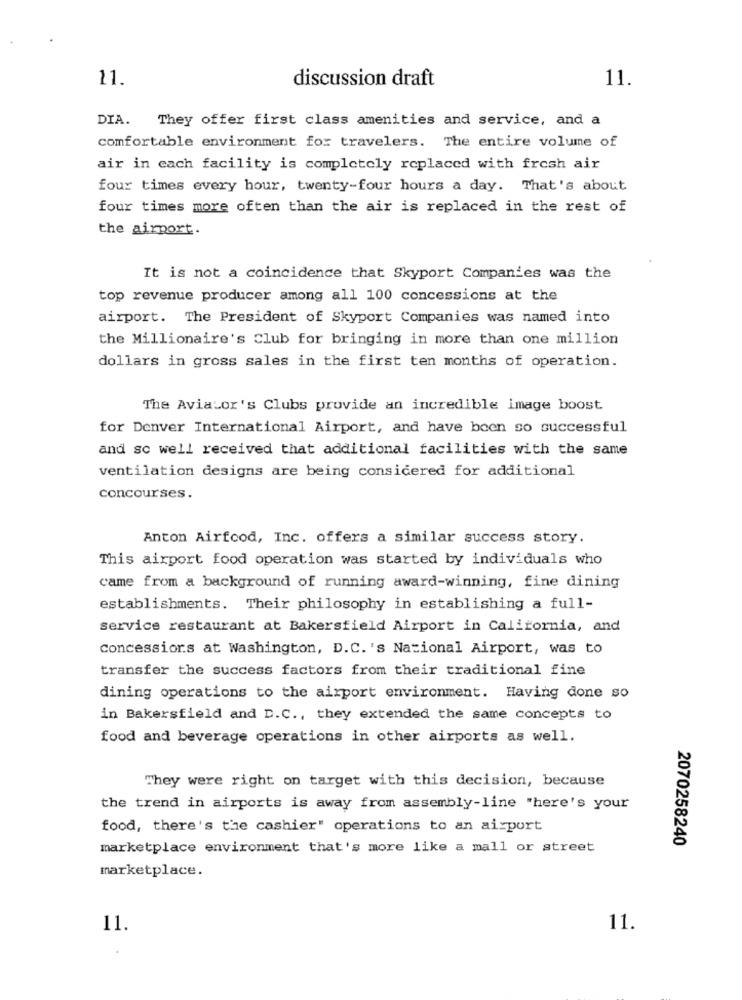
11.
discussion draft
11.
DIA. They offer first class amenities and service, and a
comfortable environment for travelers. The entire volume of
air in each facility is completely replaced with fresh air
four times every hour, twenty-four hours a day. That's about
four times more often than the air is replaced in the rest of
the airport.
It is not a coincidence that Skyport Companies was the
top revenue producer among all 100 concessions at the
airport. The President of Skyport Companies was named into
the Millionaire's Club for bringing in more than one million
dollars in gross sales in the first ten months of operation.
The Aviator's Clubs provide an incredible image boost
for Denver International Airport, and have been so successful
and so well received that additional facilities with the same
ventilation designs are being considered for additional
concourses.
Anton Airfood, Inc. offers a similar success story.
This airport food operation was started by individuals who
came from a background of running award-winning, fine dining
establishments. Their philosophy in establishing a full-
service restaurant at Bakersfield Airport in California, and
Concessions at Washington, D.C. 's National Airport, was to
transfer the success factors from their traditional fine
dining operations to the airport environment. Having done so
in Bakersfield and D.C ., they extended the same concepts to
food and beverage operations in other airports as well.
They were right on target with this decision, because
the trend in airports is away from assembly-line "here's your
food, there's the cashier" operations to an airport
2070258240
marketplace environment that's more like a mall or street
marketplace.
11.
11.